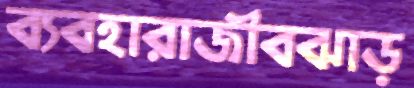
ব্যবহারাজীবঝাড়